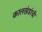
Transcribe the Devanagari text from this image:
कालखंडांची